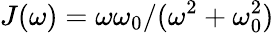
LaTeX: J(\omega)=\omega\omega_{0}/(\omega^{2}+\omega_{0}^{2})